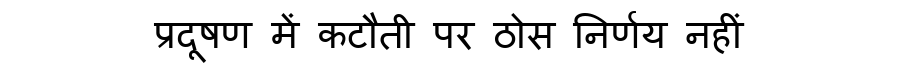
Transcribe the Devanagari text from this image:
प्रदूषण में कटौती पर ठोस निर्णय नहीं